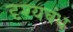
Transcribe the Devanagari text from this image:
दृश्यबंध